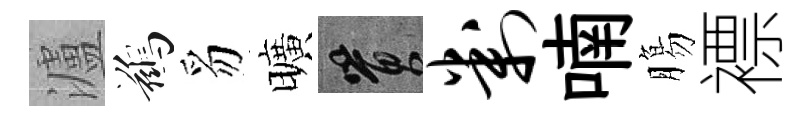
瀘鷀豸曠篔判喃膓褾